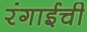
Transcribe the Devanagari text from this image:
रंगाईची